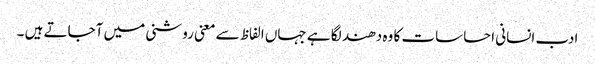
ادب انسانی احساسات کا وہ دھند لگا ہے جہاں الفاظ سے معنی روشنی میں آجاتے ہیں ۔